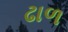
ઢાળ